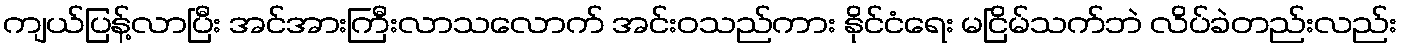
ကျယ်ပြန့်လာပြီး အင်အားကြီးလာသလောက် အင်းဝသည်ကား နိုင်ငံရေး မငြိမ်သက်ဘဲ လိပ်ခဲတည်းလည်း